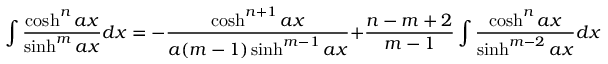
\int { \frac { \cosh ^ { n } a x } { \sinh ^ { m } a x } } d x = - { \frac { \cosh ^ { n + 1 } a x } { a ( m - 1 ) \sinh ^ { m - 1 } a x } } + { \frac { n - m + 2 } { m - 1 } } \int { \frac { \cosh ^ { n } a x } { \sinh ^ { m - 2 } a x } } d x \qquad { \mathrm { ( f o r ~ } } m \neq 1 { \mathrm { ) } }